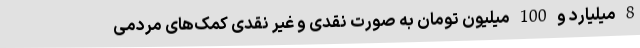
8 میلیارد و 100 میلیون تومان به صورت نقدی و غیر نقدی کمک‌های مردمی